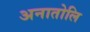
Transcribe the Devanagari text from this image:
अनातोलि